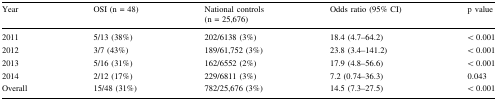
<table><thead><tr><td><b>Year</b></td><td><b>OSI (n = 48)</b></td><td><b>National controls (n = 25,676)</b></td><td><b>Odds ratio (95% CI)</b></td><td><b>p value</b></td></tr></thead><tbody><tr><td>2011</td><td>5/13 (38%)</td><td>202/6138 (3%)</td><td>18.4 (4.7–64.2)</td><td>&lt; 0.001</td></tr><tr><td>2012</td><td>3/7 (43%)</td><td>189/61,752 (3%)</td><td>23.8 (3.4–141.2)</td><td>&lt; 0.001</td></tr><tr><td>2013</td><td>5/16 (31%)</td><td>162/6552 (2%)</td><td>17.9 (4.8–56.6)</td><td>&lt; 0.001</td></tr><tr><td>2014</td><td>2/12 (17%)</td><td>229/6811 (3%)</td><td>7.2 (0.74–36.3)</td><td>0.043</td></tr><tr><td>Overall</td><td>15/48 (31%)</td><td>782/25,676 (3%)</td><td>14.5 (7.3–27.5)</td><td>&lt; 0.001</td></tr></tbody></table>